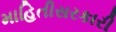
માહિતીસરકારી